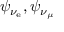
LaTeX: \psi _ { \nu _ { \mathrm { e } } } , \psi _ { \nu _ { \mu } }